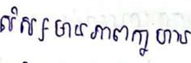
សិស្សមានភាពក្លាហាន